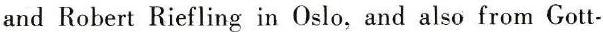
and Robert Riefling in Oslo, and also from Gott-